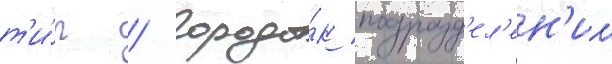
т'и́р / городо́к подразд'ел'ен'ии